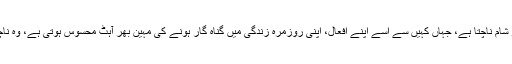
صبح و شام ناچتا ہے، جہاں کہیں سے اسے اپنے افعال، اپنی روزمرہ زندگی میں گناہ گار ہونے کی مہین بھر آہٹ محسوس ہوتی ہے، وہ ناچتا ہے۔